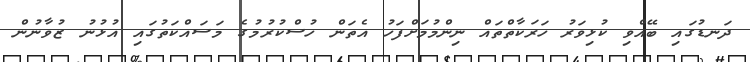
ދަނޑުގައި ބޭއްވި ކުޅިވަރު ހަރަކާތްތައް ނިންމުމަށްފަހު އެތަން ހުސްކުރުމުގެ މަސައްކަތުގައި އުޅުނު ޒުވާނުން